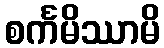
စင်္ကမိဿာမိ